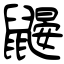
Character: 鼹